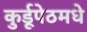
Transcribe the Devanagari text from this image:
कुर्डूपेठमधे